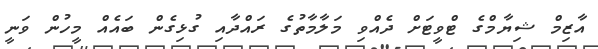
އާޒިމް ޝިޔާމްގެ ޓްވީޓަށް ދެއްވި މަލާމާތުގެ ރައްދާއި ގުޅިގެން ބައެއް މީހުން ވަނީ